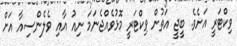
ވިކްޓަރީ އަށެވެ. ބީޖީ އަތުން ވިކްޓަރީ މޮޅުވެއްޖެނަމަ ނިއު އާއި ވެލެންސިއާ އަށް